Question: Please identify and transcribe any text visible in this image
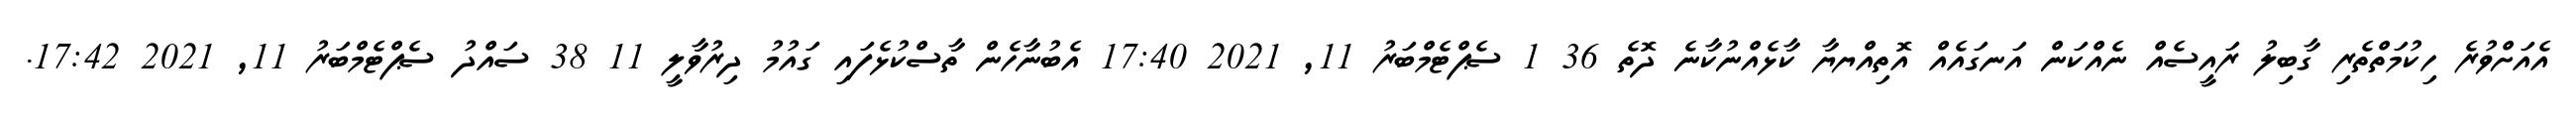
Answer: އެއަށްވުރެ ހިކުމަތްތެރި ގާބިލު ރައީސެއް ނެއްކަން އަނގައެއް އޮތިއްޔޔާ ކާޅެއްނުކާނެ ދޮތެ 36 1 ސެޕްޓެމްބަރު 11, 2021 17:40 އެބުނާހެން ތާސްކުޅެފައި ގައުމު ދިރުވާލީ 11 38 ސައްދު ސެޕްޓެމްބަރު 11, 2021 17:42.